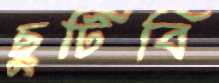
ছুটিবি